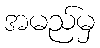
အမည်မှ